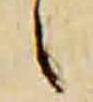
候